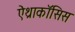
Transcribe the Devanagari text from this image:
ऐंथ्राकॉसिस